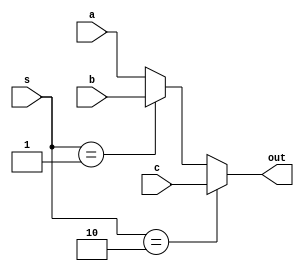
`timescale 1ns / 1ps
//////////////////////////////////////////////////////////////////////////////////
// Company: 
// Engineer: 
// 
// Design Name: 
// Module Name: MUX1
// Project Name: 
// Target Devices: 
// Tool Versions: 
// Description: 
// 
// Dependencies: 
// 
// Revision:
// Revision 0.01 - File Created
// Additional Comments:
// 
//////////////////////////////////////////////////////////////////////////////////

module MUX1 #(parameter Width = 32)(input [Width-1 : 0] a,b,c,
 input  [1:0] s,
 output [Width-1 : 0] out);
assign out = (s == 2'b10) ? c : (s == 2'b01) ? b : a;
endmodule